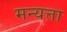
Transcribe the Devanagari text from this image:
मन्यत्ता